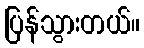
ပြန်သွားတယ်။